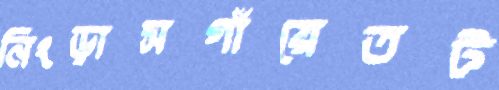
নিংড়াসগাঁয়েতট